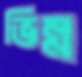
ভিন্ন